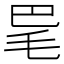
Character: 𣬷